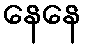
နေနေ